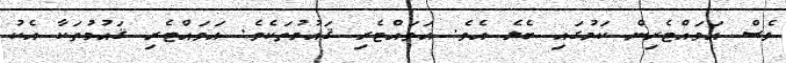
ވެސް އަވައްޓެރިން ކަމުގައި ބެލެ އެެވެ. އަވައްޓެރި ޤައުމުތަކެވެ. އަވައްޓެރި ޤައުމުތަކާ އެކު